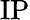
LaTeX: \mathrm{IP}